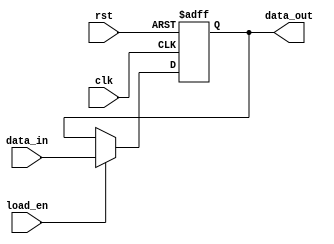
module ControlRegister #(
    parameter WIDTH = 8  // Define the width of the control register
) (
    input              clk,        // Clock signal
    input              rst,        // Asynchronous reset
    input  [WIDTH-1:0] data_in,    // Data input
    input              load_en,    // Load enable signal
    output reg [WIDTH-1:0] data_out // Data output
);

    // Asynchronous reset and synchronous loading of data
    always @(posedge clk or posedge rst) begin
        if (rst) begin
            data_out <= {WIDTH{1'b0}};   // Reset register to default value (all zeros)
        end else if (load_en) begin
            data_out <= data_in;         // Load the data input into the register
        end
        // If neither reset nor load_en are asserted, retain current value
    end

endmodule